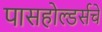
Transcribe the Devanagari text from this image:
पासहोल्डर्सचे